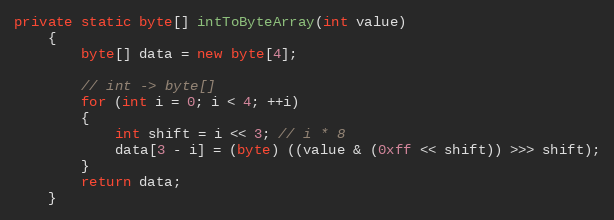
Language: Java
private static byte[] intToByteArray(int value)
    {
        byte[] data = new byte[4];

        // int -> byte[]
        for (int i = 0; i < 4; ++i)
        {
            int shift = i << 3; // i * 8
            data[3 - i] = (byte) ((value & (0xff << shift)) >>> shift);
        }
        return data;
    }